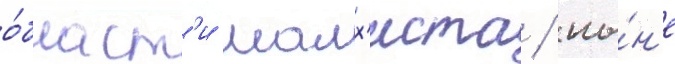
о́бласт'и малх'иста / ны́н'е